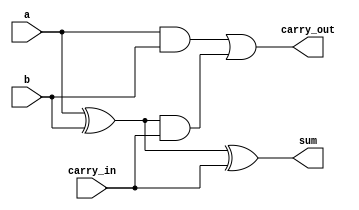

module adder_1b(input a, b, input carry_in, output sum, output carry_out);

wire and_out,xor_out,and2_out;

and (and_out,a,b);
xor (xor_out,a,b);
and (and2_out,xor_out,carry_in);
xor (sum, xor_out,carry_in);
or (carry_out,and_out,and2_out);


endmodule 


module adder_32b(
input [31:0] a, b, 
input carry_in, 
output [31:0] sum, 
output carry_out
);

wire [30:0] adder_carry;


/* Instantiation begins*/
adder_1b a0(
.a(a[0]), 
.b(b[0]), 
.carry_in(carry_in), 
.sum(sum[0]), 
.carry_out(adder_carry[0])
);

adder_1b a1(
.a(a[1]), 
.b(b[1]), 
.carry_in(adder_carry[0]), 
.sum(sum[1]), 
.carry_out(adder_carry[1])
);

adder_1b a2 (
.a(a[2]), 
.b(b[2]), 
.carry_in(adder_carry[1]), 
.sum(sum[2]), 
.carry_out(adder_carry[2])
);

adder_1b a3 (
.a(a[3]), 
.b(b[3]), 
.carry_in(adder_carry[2]), 
.sum(sum[3]), 
.carry_out(adder_carry[3])
);

/*Kredo code here........................*/
adder_1b a4 (
.a(a[4]), 
.b(b[4]), 
.carry_in(adder_carry[3]), 
.sum(sum[4]), 
.carry_out(adder_carry[4])
);


adder_1b a5 (
.a(a[5]), 
.b(b[5]), 
.carry_in(adder_carry[4]), 
.sum(sum[5]), 
.carry_out(adder_carry[5])
);

/*Kredo code here...........*/
adder_1b a6 (
.a(a[6]), 
.b(b[6]), 
.carry_in(adder_carry[5]), 
.sum(sum[6]), 
.carry_out(adder_carry[6])
);

adder_1b a7 (
.a(a[7]), 
.b(b[7]), 
.carry_in(adder_carry[6]), 
.sum(sum[7]), 
.carry_out(adder_carry[7])
);

adder_1b a8 (
.a(a[8]), 
.b(b[8]), 
.carry_in(adder_carry[7]), 
.sum(sum[8]), 
.carry_out(adder_carry[8])
);

adder_1b a9 (
.a(a[9]), 
.b(b[9]), 
.carry_in(adder_carry[8]), 
.sum(sum[9]), 
.carry_out(adder_carry[9])
);

adder_1b a10 (
.a(a[10]), 
.b(b[10]), 
.carry_in(adder_carry[9]), 
.sum(sum[10]), 
.carry_out(adder_carry[10])
);

adder_1b a11 (
.a(a[11]), 
.b(b[11]), 
.carry_in(adder_carry[10]), 
.sum(sum[11]), 
.carry_out(adder_carry[11])
);

adder_1b a12 (
.a(a[12]), 
.b(b[12]), 
.carry_in(adder_carry[11]), 
.sum(sum[12]), 
.carry_out(adder_carry[12])
);

adder_1b a13 (
.a(a[13]), 
.b(b[13]), 
.carry_in(adder_carry[12]), 
.sum(sum[13]), 
.carry_out(adder_carry[13])
);

adder_1b a14 (
.a(a[14]), 
.b(b[14]), 
.carry_in(adder_carry[13]), 
.sum(sum[14]), 
.carry_out(adder_carry[14])
);

adder_1b a15 (
.a(a[15]), 
.b(b[15]), 
.carry_in(adder_carry[14]), 
.sum(sum[15]), 
.carry_out(adder_carry[15])
);

adder_1b a16 (
.a(a[16]), 
.b(b[16]), 
.carry_in(adder_carry[15]), 
.sum(sum[16]), 
.carry_out(adder_carry[16])
);

adder_1b a17 (
.a(a[17]), 
.b(b[17]), 
.carry_in(adder_carry[16]), 
.sum(sum[17]), 
.carry_out(adder_carry[17])
);

adder_1b a18 (
.a(a[18]), 
.b(b[18]), 
.carry_in(adder_carry[17]), 
.sum(sum[18]), 
.carry_out(adder_carry[18])
);

adder_1b a19 (
.a(a[19]), 
.b(b[19]), 
.carry_in(adder_carry[18]), 
.sum(sum[19]), 
.carry_out(adder_carry[19])
);

adder_1b a20 (
.a(a[20]), 
.b(b[20]), 
.carry_in(adder_carry[19]), 
.sum(sum[20]), 
.carry_out(adder_carry[20])
);

adder_1b a21 (
.a(a[21]), 
.b(b[21]), 
.carry_in(adder_carry[20]), 
.sum(sum[21]), 
.carry_out(adder_carry[21])
);

adder_1b a22 (
.a(a[22]), 
.b(b[22]), 
.carry_in(adder_carry[21]), 
.sum(sum[22]), 
.carry_out(adder_carry[22])
);

adder_1b a23 (
.a(a[23]), 
.b(b[23]), 
.carry_in(adder_carry[22]), 
.sum(sum[23]), 
.carry_out(adder_carry[23])
);

adder_1b a24 (
.a(a[24]), 
.b(b[24]), 
.carry_in(adder_carry[23]), 
.sum(sum[24]), 
.carry_out(adder_carry[24])
);

adder_1b a25 (
.a(a[25]), 
.b(b[25]), 
.carry_in(adder_carry[24]), 
.sum(sum[25]), 
.carry_out(adder_carry[25])
);

adder_1b a26 (
.a(a[26]), 
.b(b[26]), 
.carry_in(adder_carry[25]), 
.sum(sum[26]), 
.carry_out(adder_carry[26])
);

adder_1b a27 (
.a(a[27]), 
.b(b[27]), 
.carry_in(adder_carry[26]), 
.sum(sum[27]), 
.carry_out(adder_carry[27])
);

adder_1b a28 (
.a(a[28]), 
.b(b[28]), 
.carry_in(adder_carry[27]), 
.sum(sum[28]), 
.carry_out(adder_carry[28])
);

adder_1b a29 (
.a(a[29]), 
.b(b[29]), 
.carry_in(adder_carry[28]), 
.sum(sum[29]), 
.carry_out(adder_carry[29])
);

adder_1b a30 (
.a(a[30]), 
.b(b[30]), 
.carry_in(adder_carry[29]), 
.sum(sum[30]), 
.carry_out(adder_carry[30])
);

adder_1b a31 (
.a(a[31]), 
.b(b[31]), 
.carry_in(adder_carry[30]), 
.sum(sum[31]), 
.carry_out(carry_out)
);
endmodule



//One adder
/*
module adder_1b(input a[0],b[0], carry_in, output sum, output carry_out);

   assign sum= a^b^carry_in;
   assign carry_out= a&b|(a^b)&carry_in;

endmodule

module 
*/